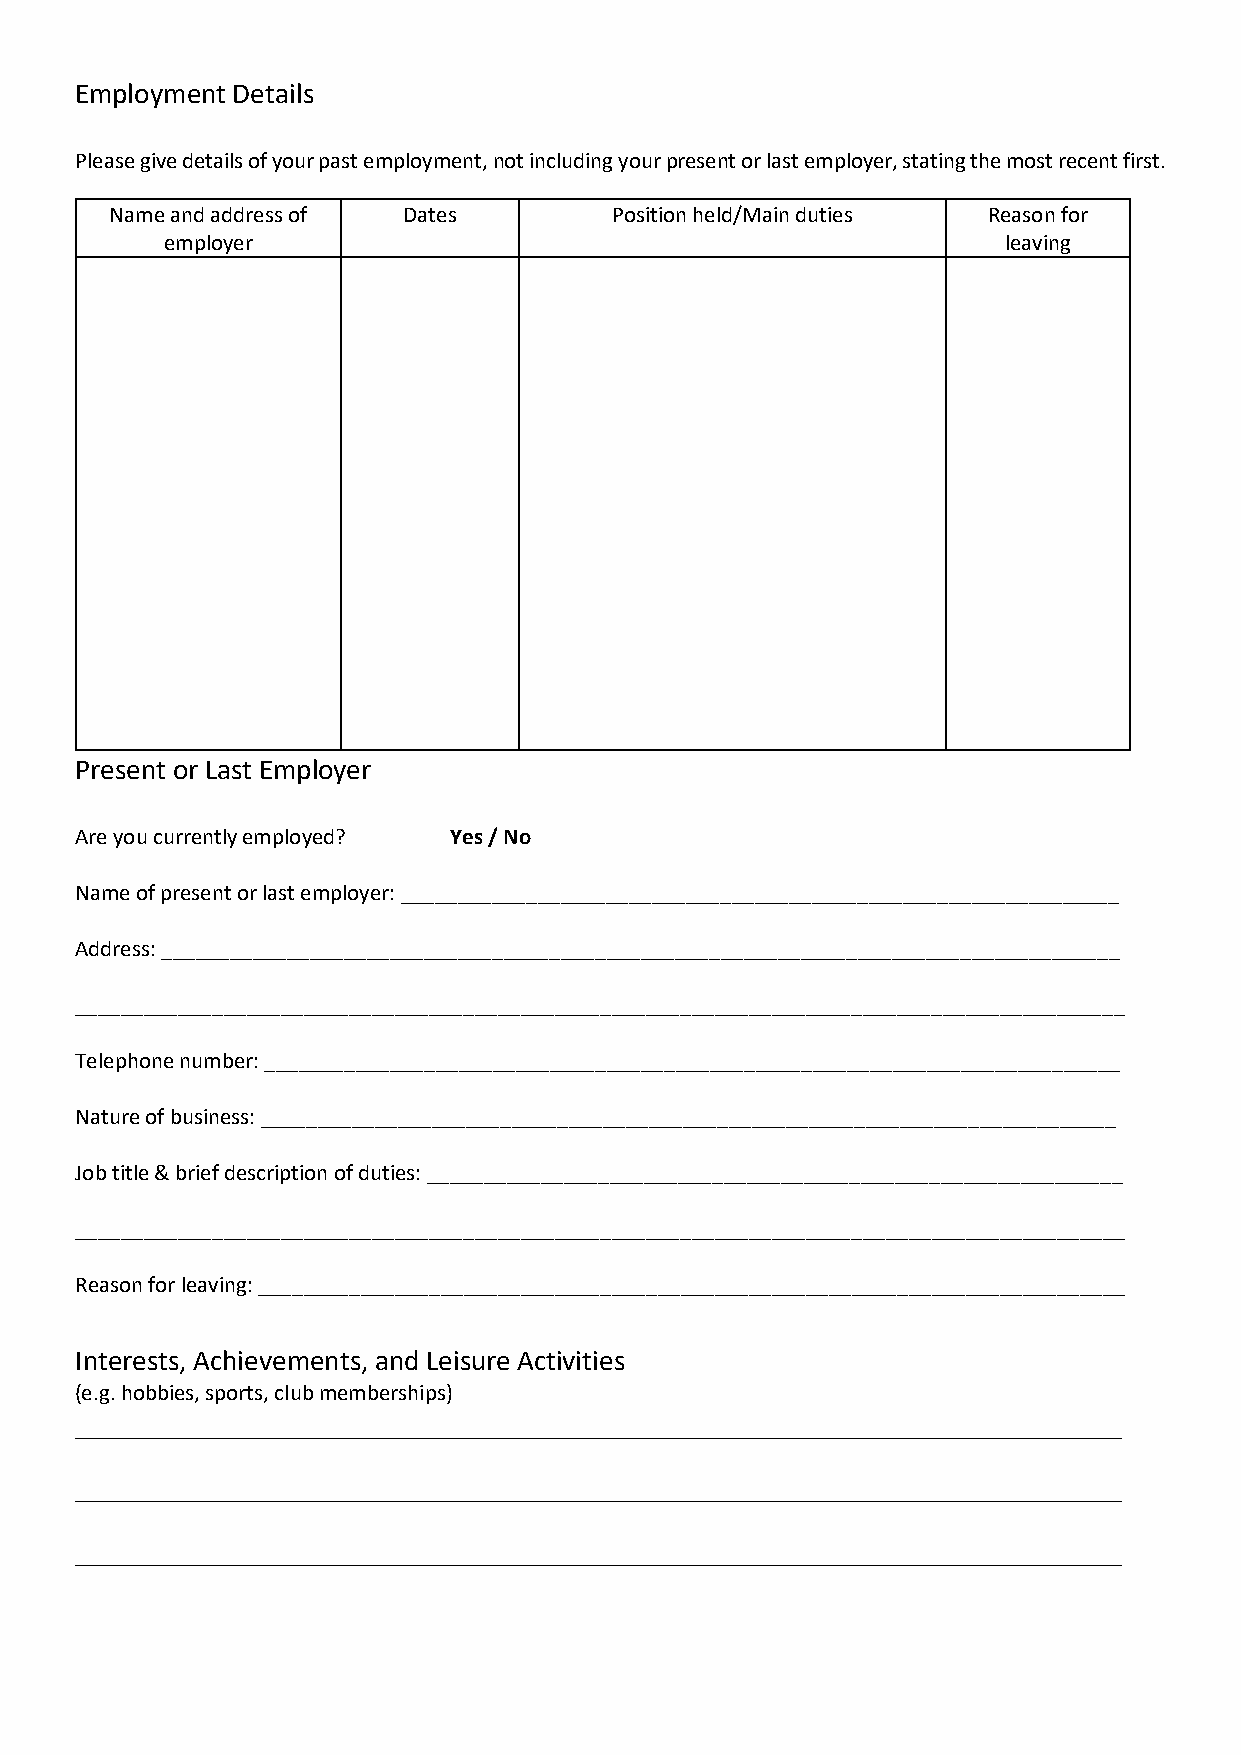
Employment Details
 Please give details of your past employment, not including your present or last employer, stating the most recent first.
 Name and address of Dates        Position held/Main duties Reason for
 employer                                               leaving
 Present or Last Employer
 Are you currently employed? Yes / No
 Name of present or last employer: _______________________________________________________________
 Address: ____________________________________________________________________________________
 ____________________________________________________________________________________________
 Telephone number: ___________________________________________________________________________
 Nature of business: ___________________________________________________________________________
 Job title & brief description of duties: _____________________________________________________________
 ____________________________________________________________________________________________
 Reason for leaving: ____________________________________________________________________________
 Interests, Achievements, and Leisure Activities
 (e.g. hobbies, sports, club memberships)
 ________________________________________________________________________
 ________________________________________________________________________
 ________________________________________________________________________